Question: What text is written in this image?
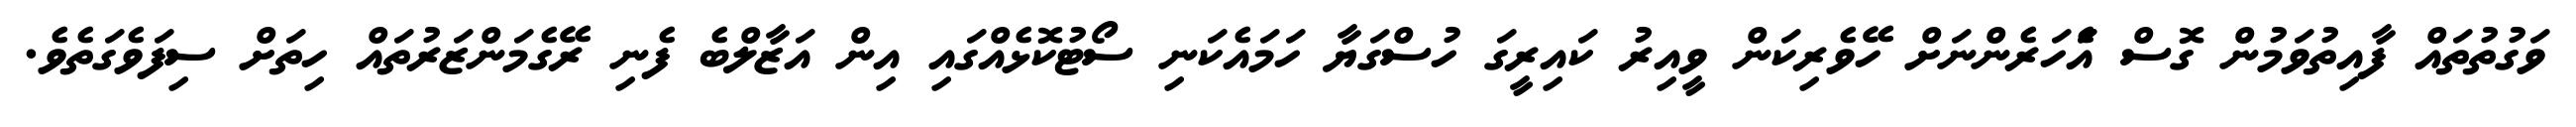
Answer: ވަގުތުތައް ފާއިތުވަމުން ގޮސް އެަހަރެންނަށް ހޭވެރިކަން ވީއިރު ކައިރީގަ ހުސްގަޔާ ހަމައެކަނި ސޯޓުކޮޅެއްގައި އިން އަޒާލްބެ ފެނި ރޭގެމަންޒަރުތައް ހިތަށް ސިފަވެގަތެވެ.